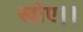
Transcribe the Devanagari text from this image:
खोए।।